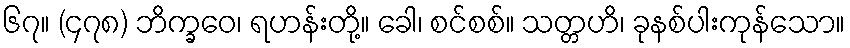
၆၇။ (၄၇၈) ဘိက္ခဝေ၊ ရဟန်းတို့။ ခေါ၊ စင်စစ်။ သတ္တဟိ၊ ခုနစ်ပါးကုန်သော။